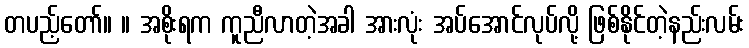
တပည့်တော်။ ။ အစိုးရက ကူညီလာတဲ့အခါ အားလုံး အပ်အောင်လုပ်လို့ ဖြစ်နိုင်တဲ့နည်းလမ်း